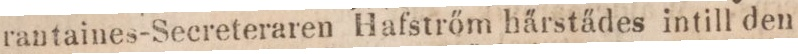
rantaines-Secreteraren Hafstrőm härstädes intill den